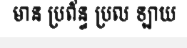
មាន ប្រព័ន្ធ ប្រល ឡាយ